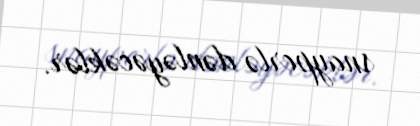
snayperlə dənləyəcəklər.